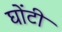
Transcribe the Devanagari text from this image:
घोंटी